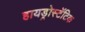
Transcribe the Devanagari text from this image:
हायड्रोस्टॅटिक